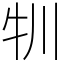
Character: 㸪